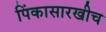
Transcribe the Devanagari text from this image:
पिंकासारखीच